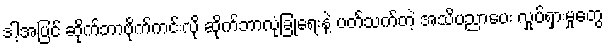
ဒါ့အပြင် ဆိုက်ဘာဗိုက်ကင်းလို ဆိုက်ဘာလုံခြုံရေးနဲ့ ပတ်သက်တဲ့ အသိပညာပေး လှုပ်ရှားမှုတွေ